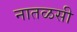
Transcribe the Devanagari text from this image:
नातळसी